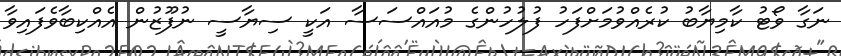
ނަގާ ވޯޓު ކާމިޔާބު ކުރެއްވުމަށްފަހު ފުލުހުންގެ މުއައްސަސާ އަކީ ސިޔާސީ ނުފޫޒުން އެއްކިބާވެފައިވާ